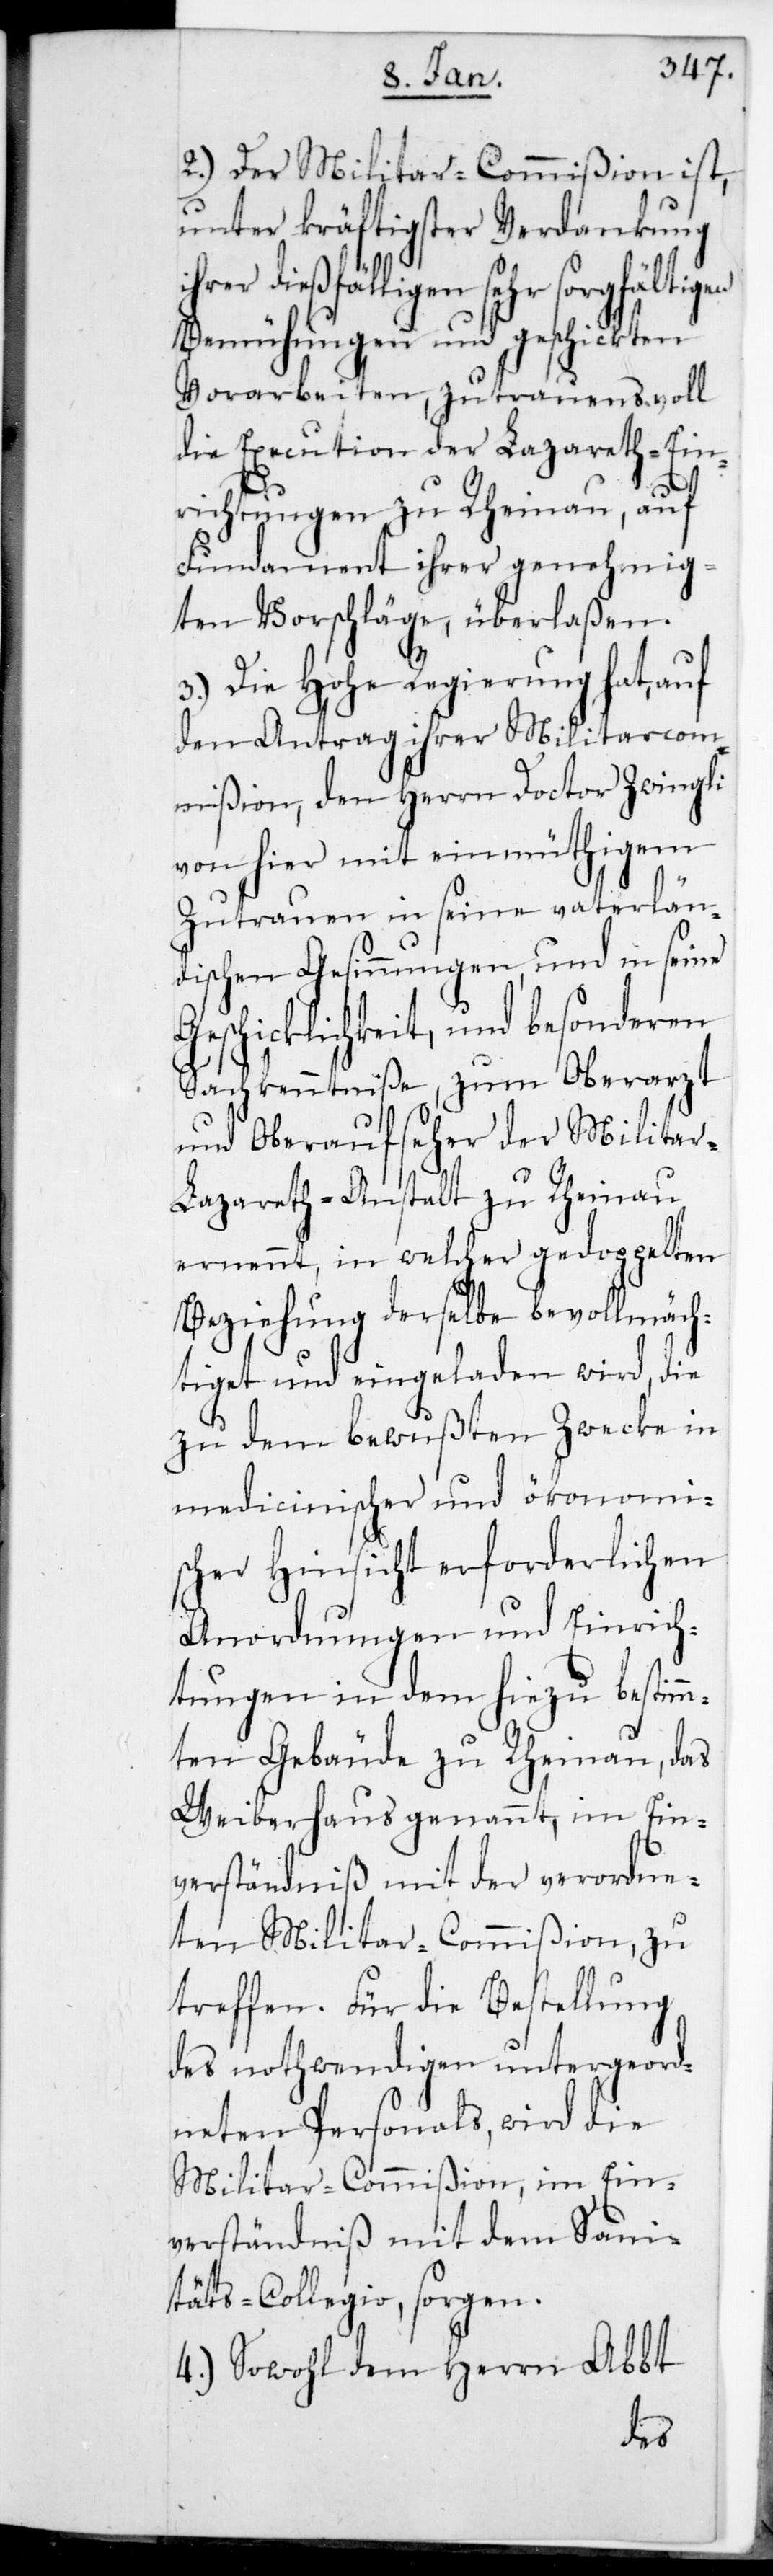
2.) Der Militar-Commißion ist,
unter kräftigster Verdankung
ihrer dießfälligen sehr sorgfältigen
Bemühungen und geschickten
Vorarbeiten, zutrauensvoll
die Execution der Lazareth-Ein¬
richtungen zu Rheinau, auf
Fundament ihrer genehmig¬
ten Vorschläge, überlaßen.
3.) Die Hohe Regierung hat, auf
den Antrag ihrer Militar-Com¬
mißion, den Herrn Doctor Zwingli
von hier mit einmüthigem
Zutrauen in seine vaterlän¬
dischen Gesinnungen, und in seine
Geschicklichkeit, und besonderen
Sachkenntniße, zum Oberarzt
und Oberaufseher der Milita¬
r-Lazareth-Anstalt zu Rheinau
ernennt, in welcher gedoppelten
Beziehung derselbe bevollmäch¬
tiget und eingeladen wird, die
zu dem bewußten Zwecke in
medicinischer und ökonomi¬
scher Hinsicht erforderlichen
Anordnungen und Einrich¬
tungen in dem hiezu bestim¬
mten Gebäude zu Rheinau, das
Weiberhaus genannt, im Ein¬
verständniß mit der verordne¬
ten Militar-Commißion, zu
treffen. Für die Bestellung
des nothwendigen untergeord¬
neten Personals, wird die
Militar-Commißion, im Ein¬
verständniß mit dem Sani¬
tätscollegio, sorgen.
4.) Sowohl dem Herrn Abbt